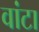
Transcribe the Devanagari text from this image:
वांटा